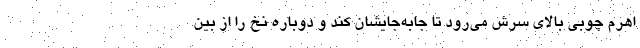
اهرم چوبی بالای سرش می‌رود تا جابه‌جایشان کند و دوباره نخ را از بین